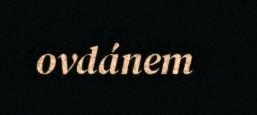
ovdánem